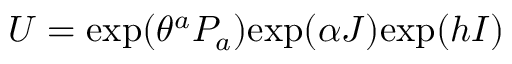
U = \mathrm { e x p } ( \theta ^ { a } P _ { a } ) \mathrm { e x p } ( \alpha J ) \mathrm { e x p } ( h I )